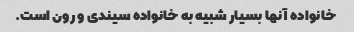
خانواده آنها بسیار شبیه به خانواده سیندی و رون است.